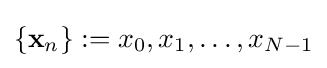
\left\{\mathbf {x} _{n}\right\}:=x_{0},x_{1},\ldots ,x_{N-1}